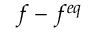
f - f ^ { e q }